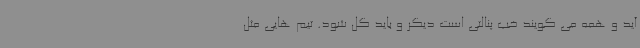
آید و همه می گویند خب پنالتی است دیگر و باید گل شود. تیم هایی مثل